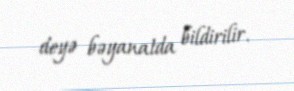
deyə bəyanatda bildirilir.